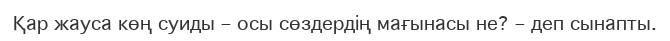
Қар жауса көң суиды – осы сөздердің мағынасы не? – деп сынапты.